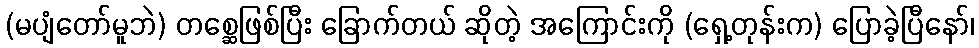
(မပျံတော်မူဘဲ) တစ္ဆေဖြစ်ပြီး ခြောက်တယ် ဆိုတဲ့ အကြောင်းကို (ရှေ့တုန်းက) ပြောခဲ့ပြီနော်၊